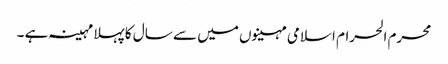
محرم الحرام اسلامی مہینوں میں سے سال کا پہلا مہینہ ہے ۔